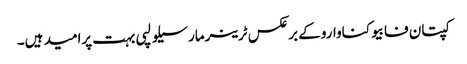
کپتان فابیوکناواروکے برعکس ٹرینرمارسیلو لپی بہت پرامید ہیں۔